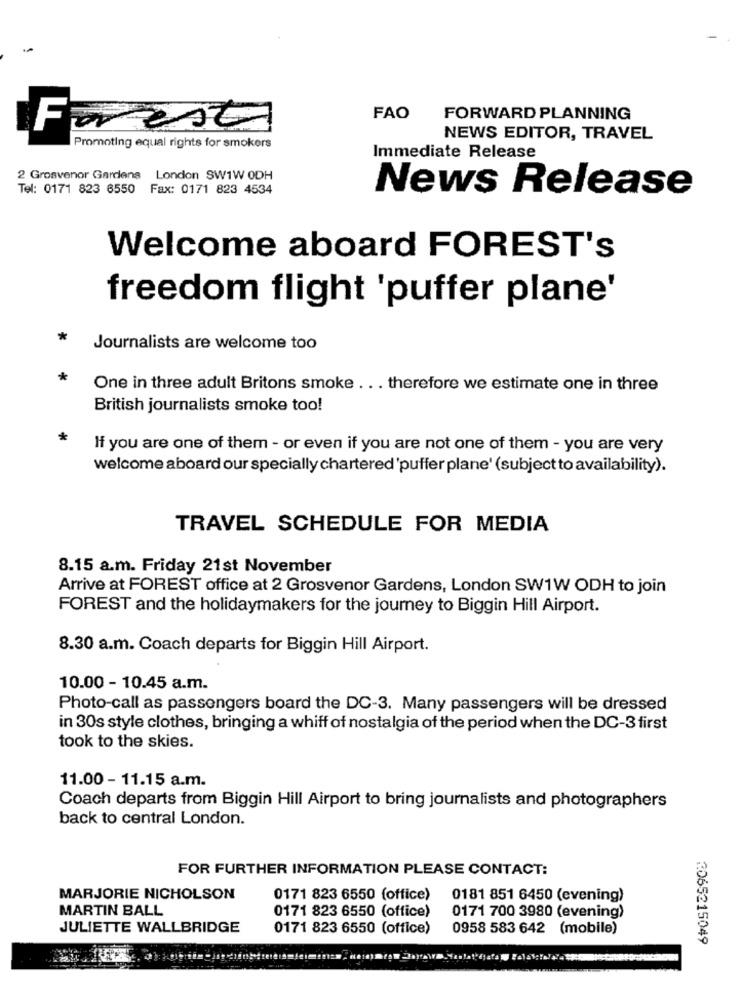
FAO
FORWARD PLANNING
Forest
NEWS EDITOR, TRAVEL
Promoting equal rights for smokers
Immediate Release
2 Grosvenor Gardens London SW1W ODH
Tel: 0171 823 6550 Fax: 0171 823 4534
News Release
Welcome aboard FOREST's
freedom flight 'puffer plane'
*
Journalists are welcome too
*
One in three adult Britons smoke ... therefore we estimate one in three
British journalists smoke too!
If you are one of them - or even if you are not one of them - you are very
welcome aboard our specially chartered'puffer plane' (subject to availability).
TRAVEL SCHEDULE FOR MEDIA
8.15 a.m. Friday 21st November
Arrive at FOREST office at 2 Grosvenor Gardens, London SW1W ODH to join
FOREST and the holidaymakers for the journey to Biggin Hill Airport.
8.30 a.m. Coach departs for Biggin Hill Airport.
10.00 - 10.45 a.m.
Photo-call as passengers board the DC-3. Many passengers will be dressed
in 30s style clothes, bringing a whiff of nostalgia of the period when the DC-3 first
took to the skies.
11.00 - 11.15 a.m.
Coach departs from Biggin Hill Airport to bring journalists and photographers
back to central London.
FOR FURTHER INFORMATION PLEASE CONTACT:
MARJORIE NICHOLSON
0171 823 6550 (office)
0181 851 6450 (evening)
MARTIN BALL
0171 823 6550 (office)
0171 700 3980 (evening)
JULIETTE WALLBRIDGE
0171 823 6550 (office)
0958 583 642 (mobile)
2065215049